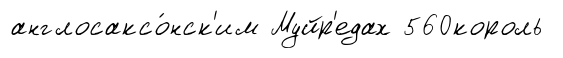
англосаксо́нск'им Муйр'едах 560король